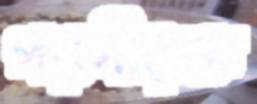
পরপীড়ক